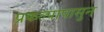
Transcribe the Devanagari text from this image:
प्रकल्पापासुन